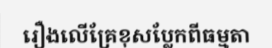
រឿងលើគ្រែខុសប្លែកពីធម្មតា